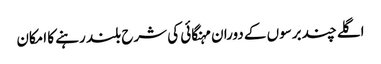
اگلے چند برسوں کے دوران مہنگائی کی شرح بلند رہنے کا امکان